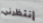
إنتظرني